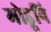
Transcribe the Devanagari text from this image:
मोडूनि